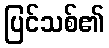
ပြင်သစ်၏